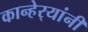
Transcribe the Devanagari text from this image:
कान्हेर्‍यांनी